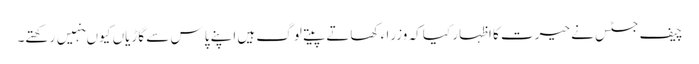
چیف جسٹس نے حیرت کا اظہار کیا کہ وزرا ء کھاتے پیتے لوگ ہیں اپنے پاس سے گاڑیاں کیو ںنہیں رکھتے۔